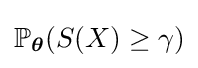
\mathbb {P} _{\boldsymbol {\theta }}(S(X)\geq \gamma )